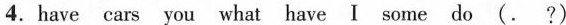
4.have cars you what have I some do (. ?)